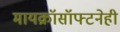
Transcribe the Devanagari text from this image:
मायक्रॉसॉफ्टनेही